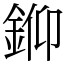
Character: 𨦪